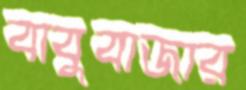
বাবুবাজার